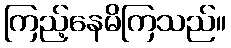
ကြည့်နေမိကြသည်။